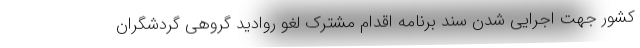
کشور جهت اجرایی شدن سند برنامه اقدام مشترک لغو روادید گروهی گردشگران